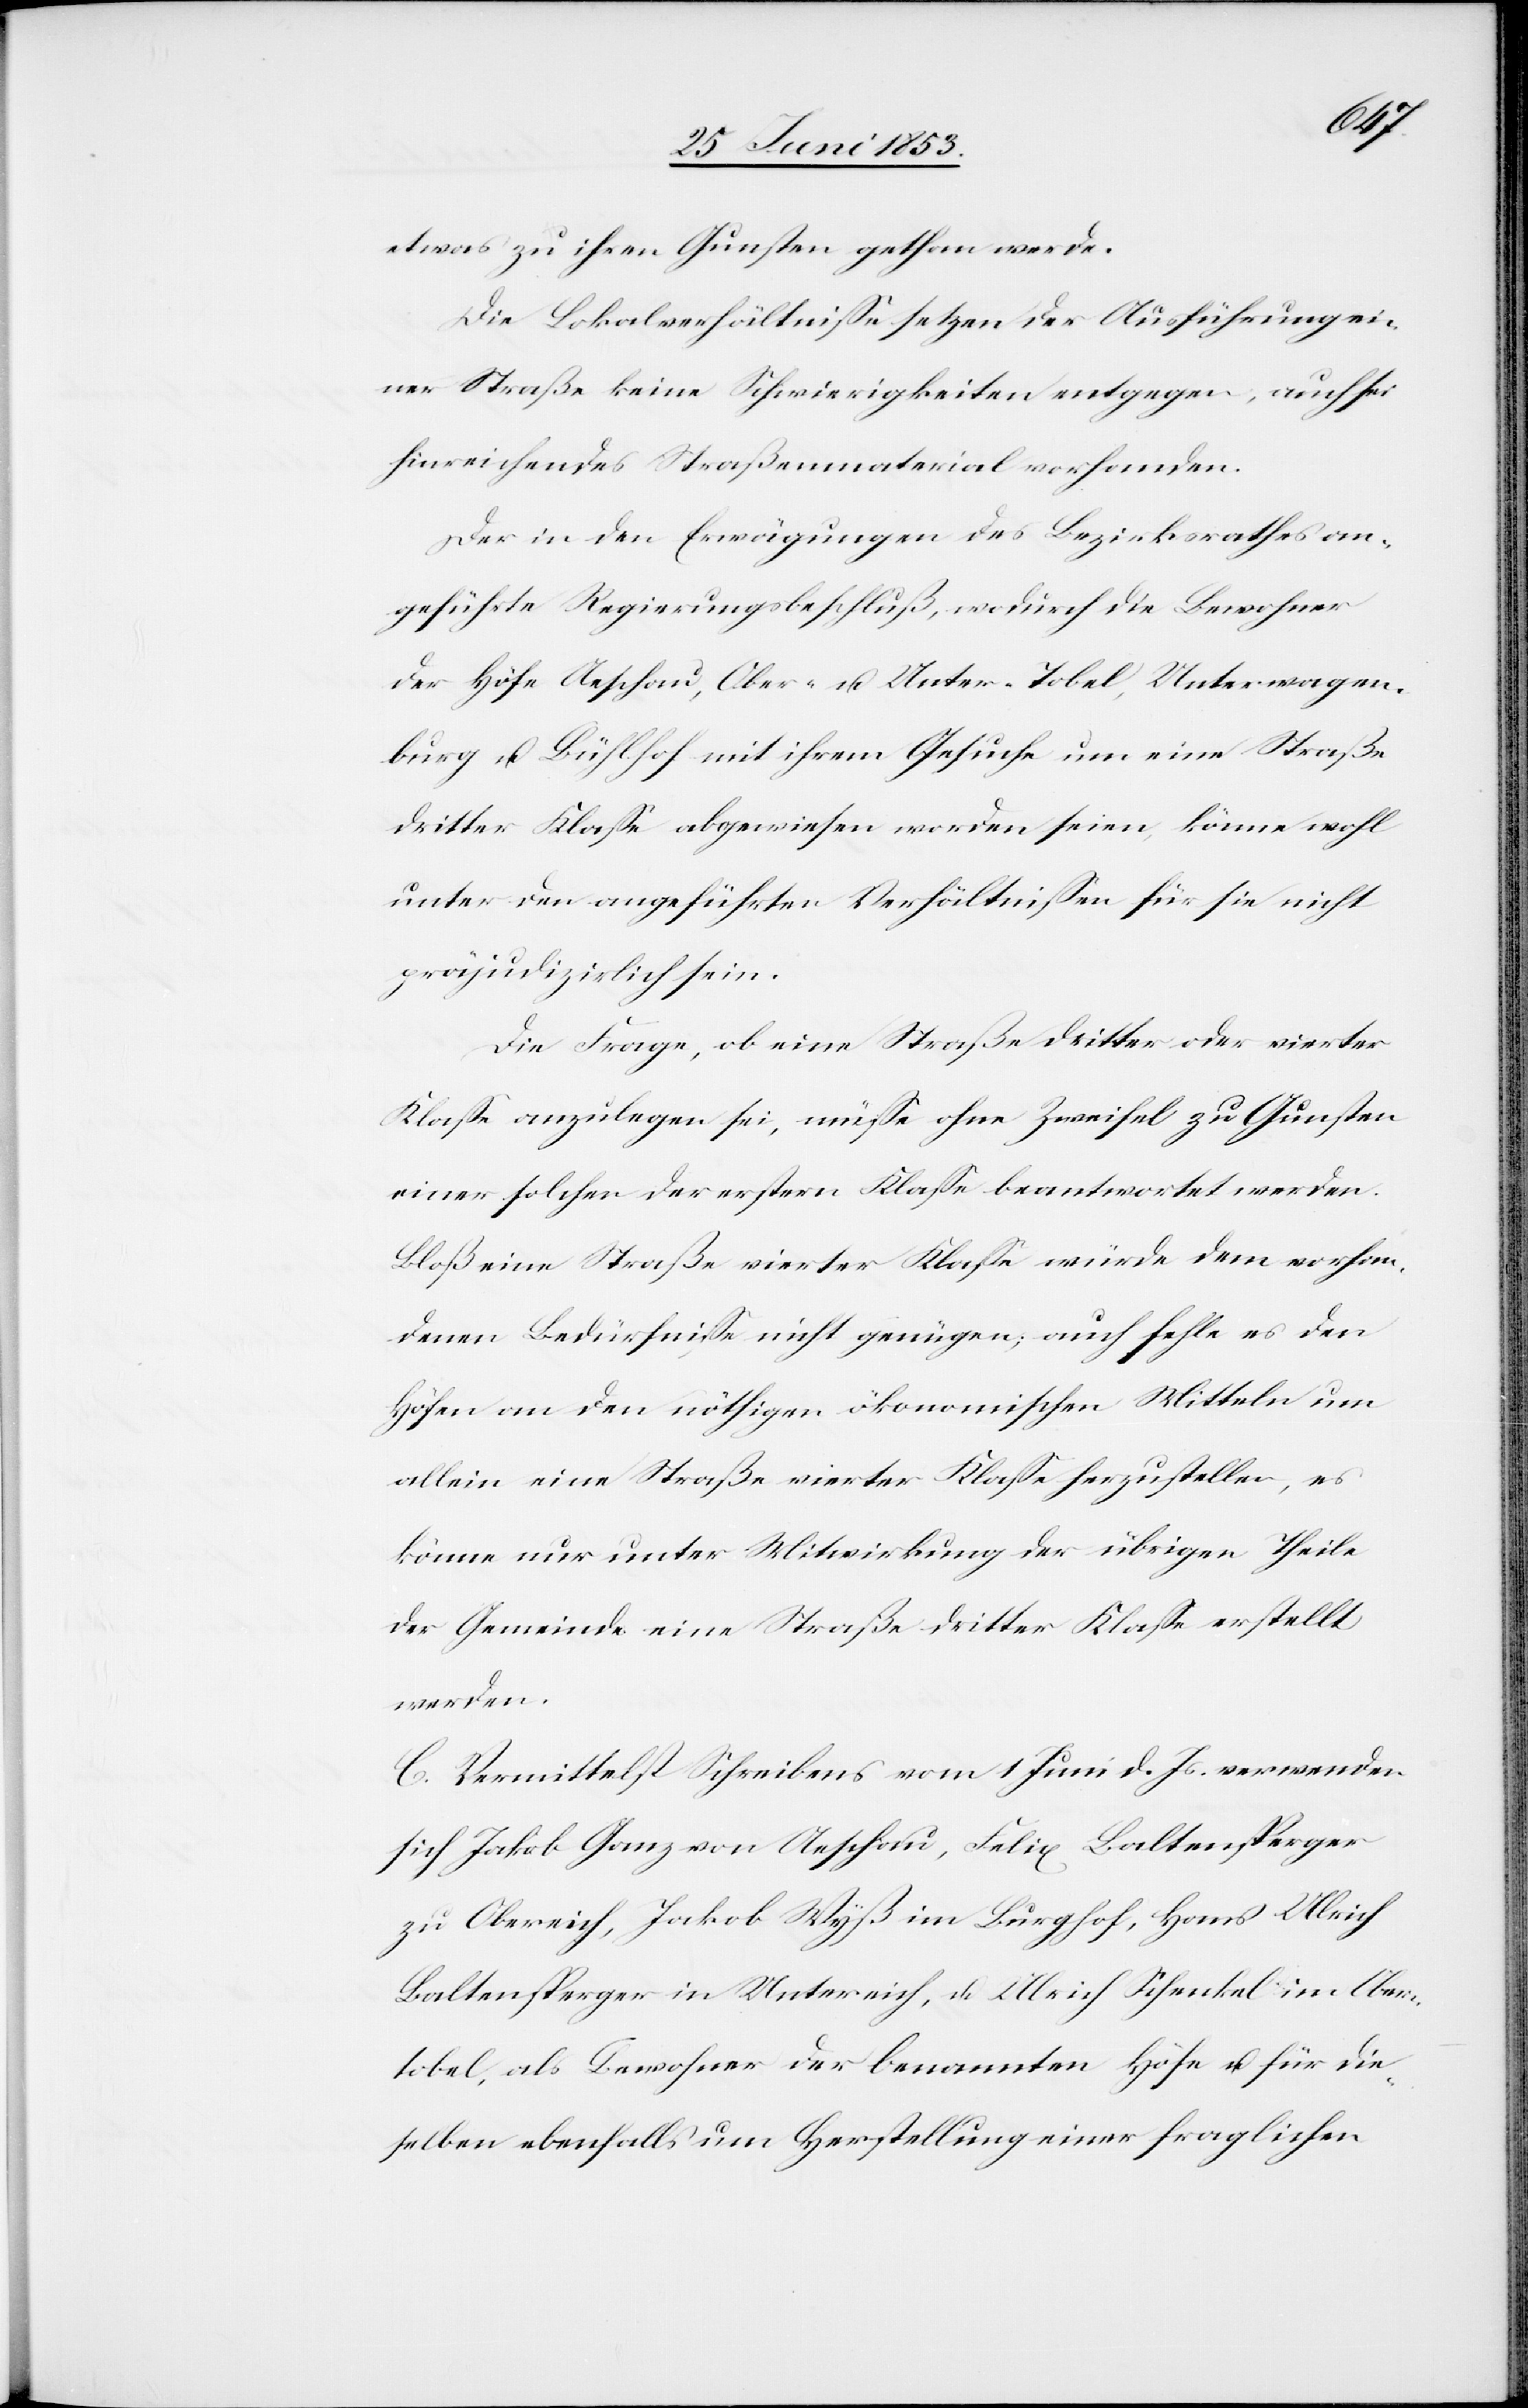
etwas zu ihren Gunsten gethan werde.
Die Lokalverhältniße setzen der Ausführung ei¬
ner Straße keine Schwierigkeiten entgegen, auch sei
hinreichendes Straßenmaterial vorhanden.
Der in den Erwägungen des Bezirksrathes an¬
geführte Regierungsbeschluß, wodurch die Bewohner
der Höfe Aeschau, Ober- u. Unter-Tobel, Unterwagen¬
burg u. Bühlhof mit ihrem Gesuche um eine Straße
dritter Klaße abgewiesen worden seien, könne wohl
unter den angeführten Verhältnißen für sie nicht
präjudizirlich sein.
Die Frage, ob eine Straße dritter oder vierter
Klaße anzulegen sei, müße ohne Zweifel zu Gunsten
einer solchen der erstern Klaße beantwortet werden.
Bloß eine Straße vierter Klaße würde dem vorhan¬
denen Bedürfniße nicht genügen, auch fehle es den
Höfen an den nöthigen ökonomischen Mitteln um
allein eine Straße vierter Klaße herzustellen, es
könne nur unter Mitwirkung der übrigen Theile
der Gemeinde eine Straße dritter Klaße erstellt
werden.
C. Vermittelst Schreibens vom 1 Juni d. Js. verwenden
sich Jakob Ganz von Aeschau, Felix Baltensperger
zu Oberreich, Jakob Wyß in Burghof, Hans Ulrich
Baltensperger in Unterreich, u. Ulrich Schenkel im Ober¬
tobel, als Bewohner der benannten Höfe u. für die¬
selben ebenfalls um Herstellung einer fraglichen